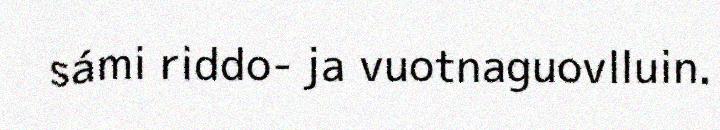
sámi riddo- ja vuotnaguovlluin.